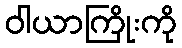
ဝါယာကြိုးကို